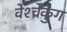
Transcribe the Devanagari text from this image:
वेर्श्च्रेंकुंग